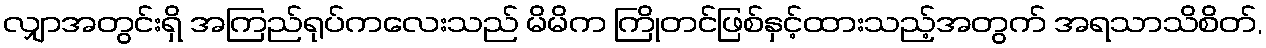
လျှာအတွင်းရှိ အကြည်ရုပ်ကလေးသည် မိမိက ကြိုတင်ဖြစ်နှင့်ထားသည့်အတွက် အရသာသိစိတ်,